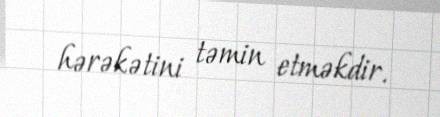
hərəkətini təmin etməkdir.